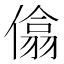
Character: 㒆